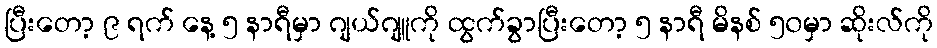
ပြီးတော့ ၉ ရက် နေ့ ၅ နာရီမှာ ဂျယ်ဂျူကို ထွက်ခွာပြီးတော့ ၅ နာရီ မိနစ် ၅၀မှာ ဆိုးလ်ကို